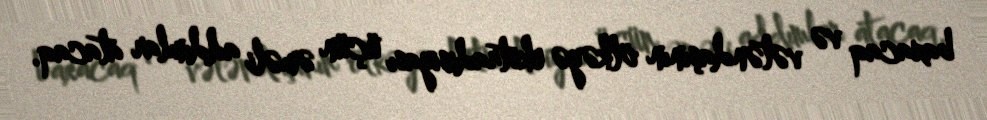
baxacaq və vətəndaşının ölkəyə ekstradisiyası üçün əməli addımlar atacaq.